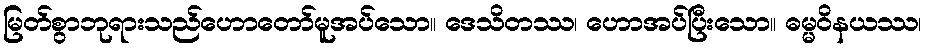
မြတ်စွာဘုရားသည်ဟောတော်မူအပ်သော။ ဒေသိတဿ၊ ဟောအပ်ပြီးသော။ ဓမ္မဝိနယဿ၊